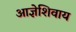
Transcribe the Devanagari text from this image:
आज्ञेशिवाय